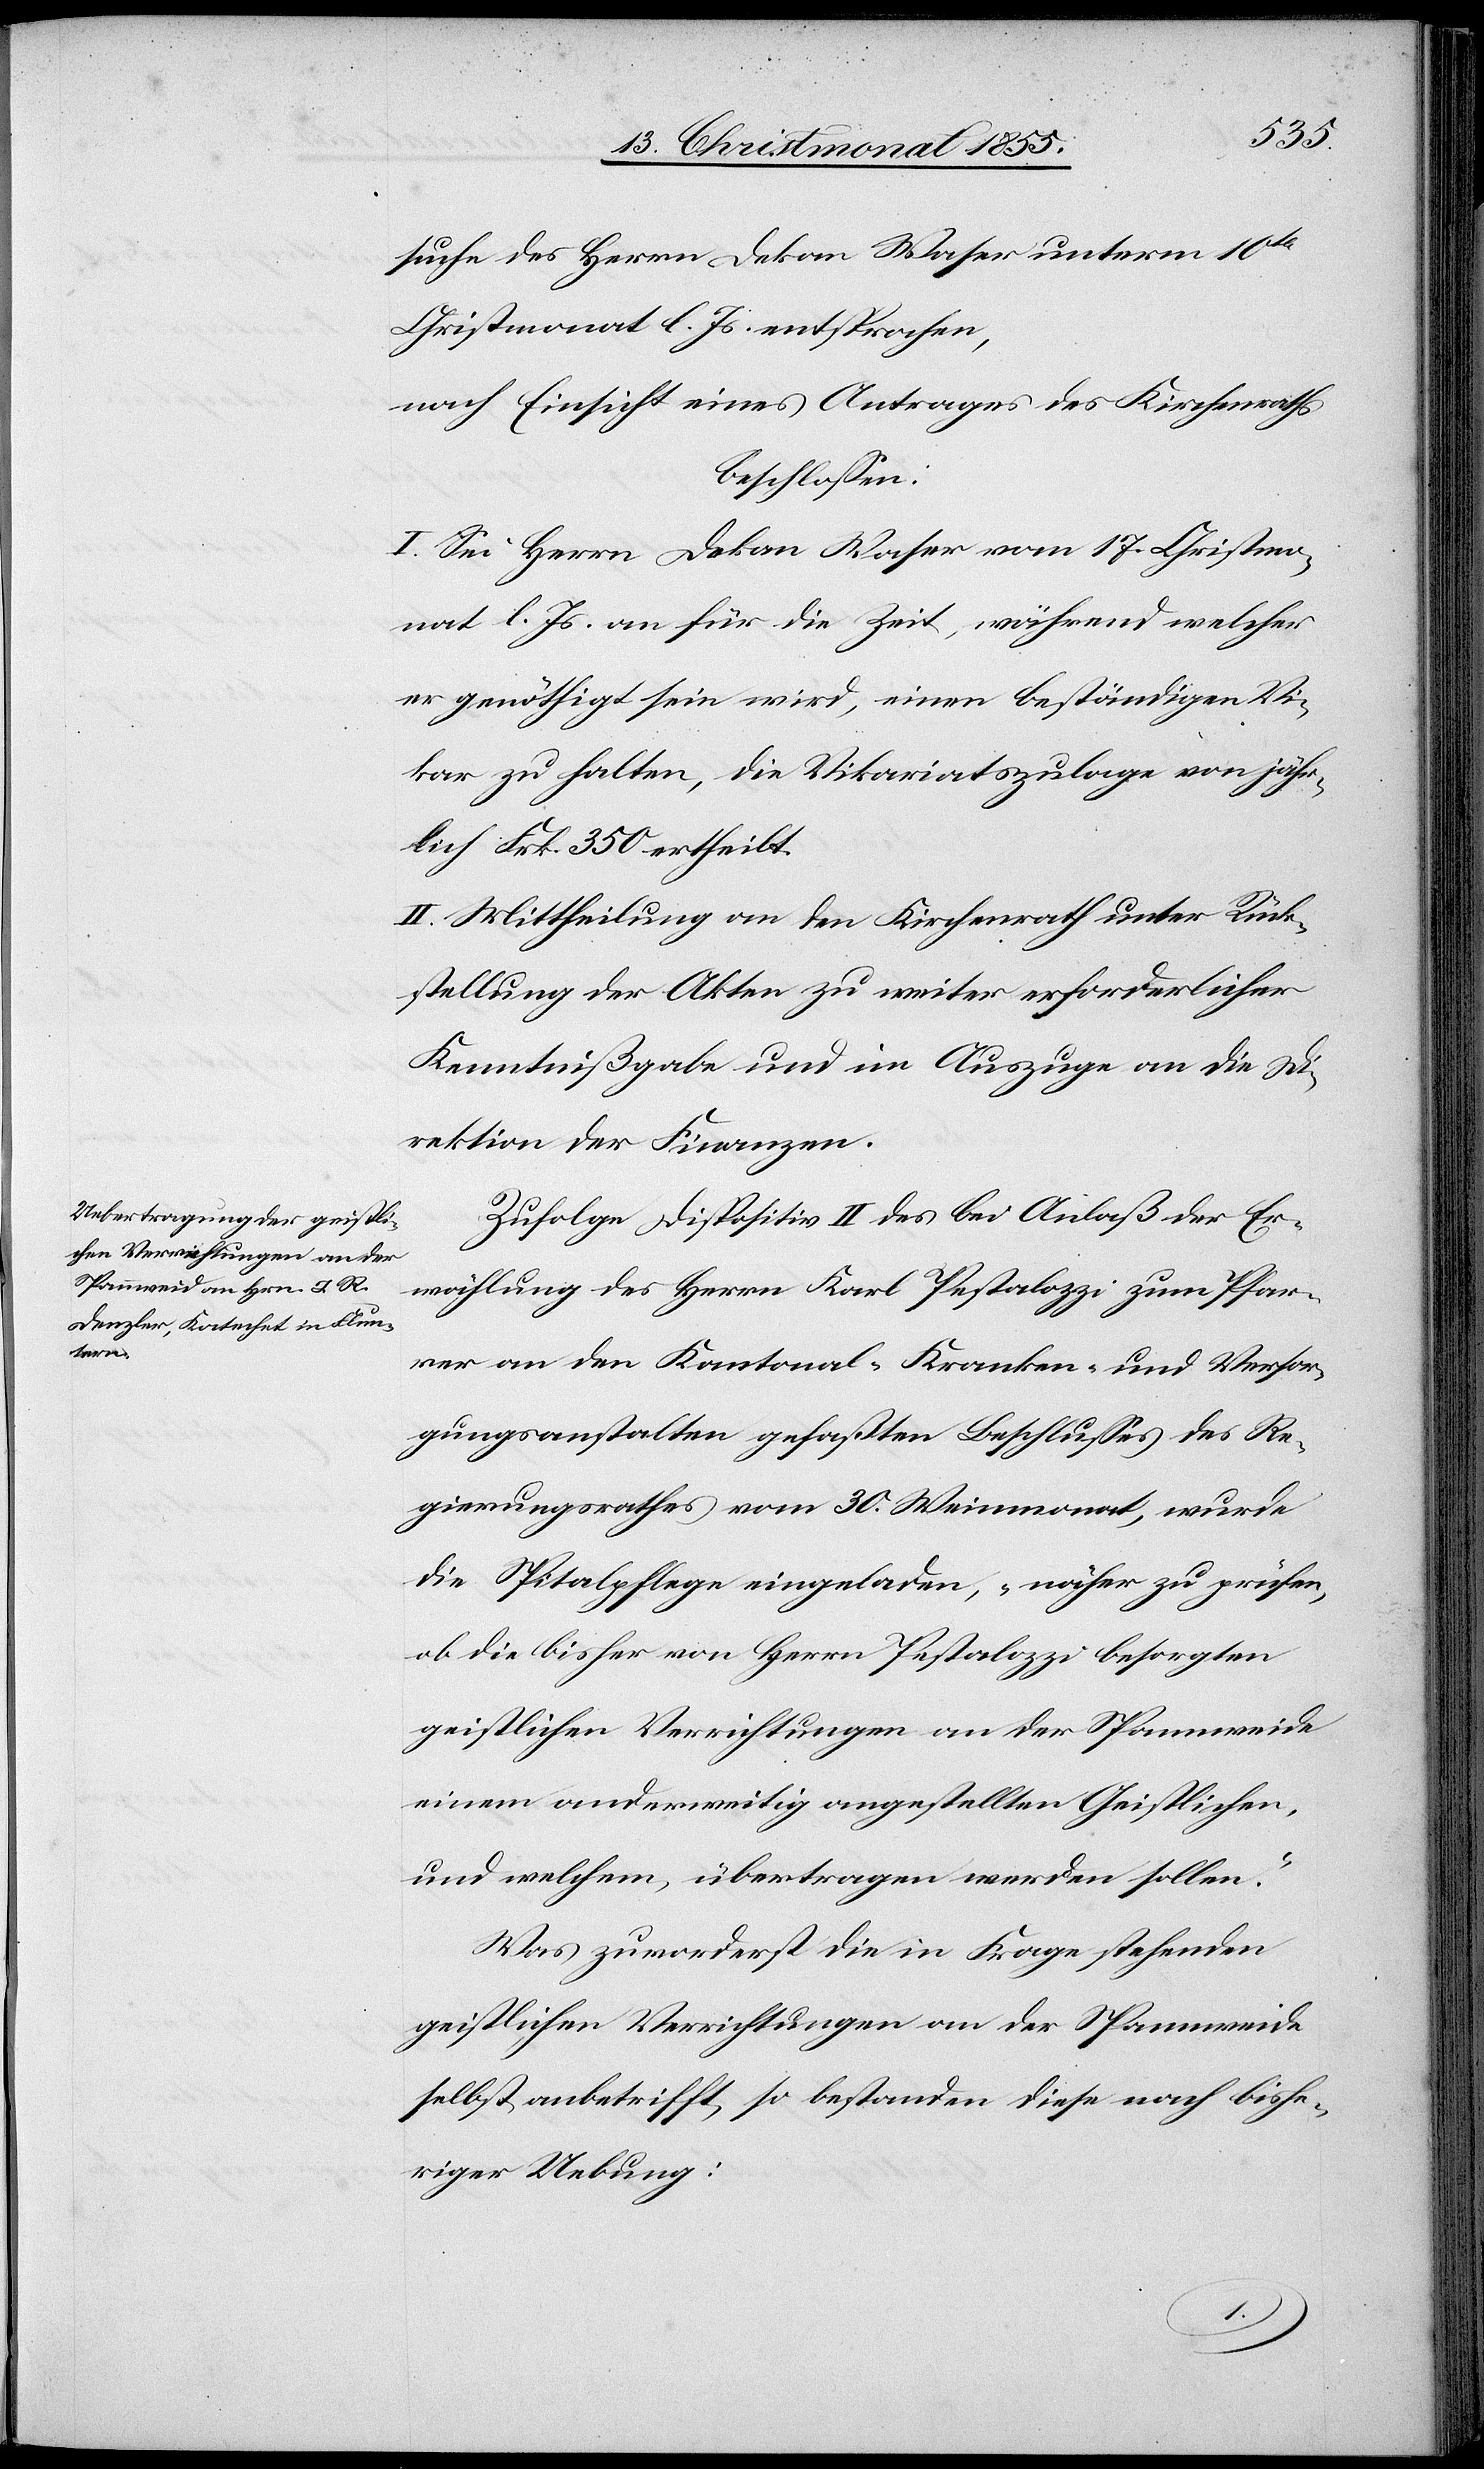
suche des Herrn Dekan Waser unterm 10t
Christmonat l. Js. entsprochen,
nach Einsicht eines Antrages des Kirchenraths
beschlossen:
I. Sei Herrn Dekan Waser vom 17. Christmo¬
nat l. Js. an für die Zeit, während welcher
er genöthigt sein wird, einen beständigen Vi¬
kar zu halten, die Vikariatszulage von jähr¬
lich Frk. 350 ertheilt.
II. Mittheilung an den Kirchenrath unter Rück¬
stellung der Akten zu weiter erforderlicher
Kenntnißgabe und im Auszuge an die Di¬
rektion der Finanzen.
Zufolge Dispositiv II des bei Anlaß der Er¬
wählung des Herrn Karl Pestalozzi zum Pfar¬
rer an den Kantonal-Kranken- und Versor¬
gungsanstalten gefaßten Beschlusses des Re¬
gierungsrathes vom 30. Weinmonat, wurde
die Spitalpflege eingeladen, „näher zu prüfen,
ob die bisher von Herrn Pestalozzi besorgten
geistlichen Verrichtungen an der Spannweide
einem anderweitig angestellten Geistlichen,
und welchem, übertragen werden sollen.“
Was zuvorderst die in Frage stehenden
geistlichen Verrichtungen an der Spannweide
selbst anbetrifft, so bestanden diese nach bishe¬
riger Uebung: